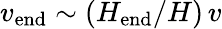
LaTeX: {v_{\mathrm{end}}\sim(H_{\mathrm{end}}/H)\, v}